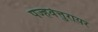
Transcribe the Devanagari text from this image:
पज्हवेत्तुरायर